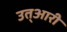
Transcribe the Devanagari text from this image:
उत्आरी